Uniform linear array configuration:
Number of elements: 32
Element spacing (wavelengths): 0.25
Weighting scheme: hamming
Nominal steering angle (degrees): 15
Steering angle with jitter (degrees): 16.871
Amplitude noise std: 0.05
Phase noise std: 0.05

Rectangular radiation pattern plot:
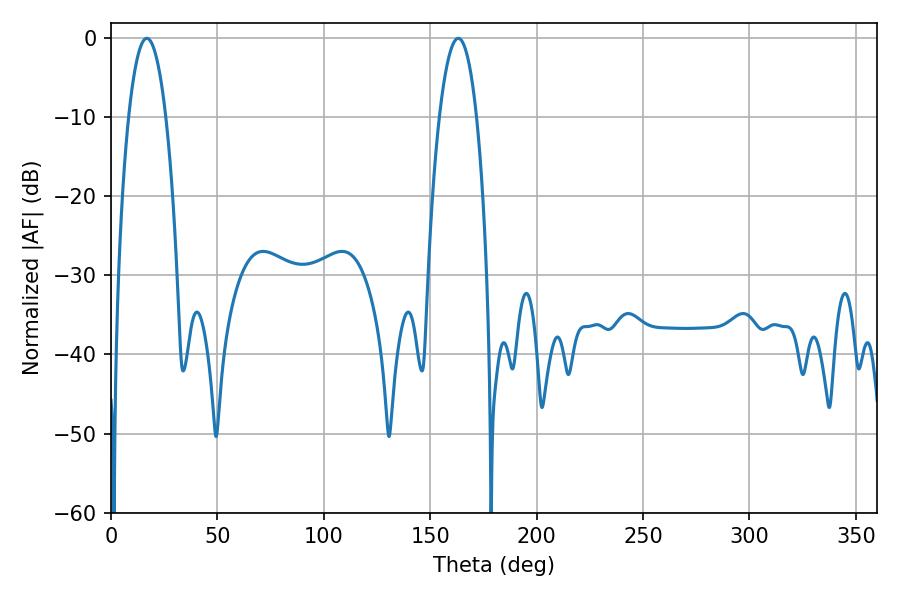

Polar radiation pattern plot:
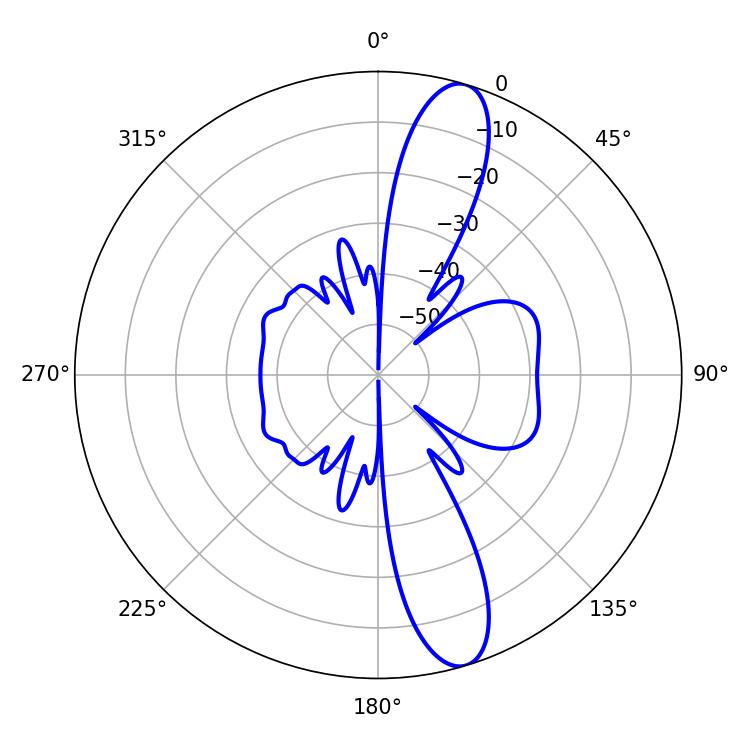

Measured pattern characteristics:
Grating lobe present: FALSE
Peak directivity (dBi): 12.737
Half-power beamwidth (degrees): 9.72
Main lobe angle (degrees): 16.74